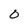
Character: 0